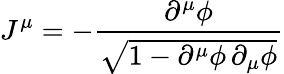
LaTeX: J^{\mu}=-\frac{\partial^{\mu}\phi}{\sqrt{1-\partial^{\mu}\phi\, \partial_{\mu}\phi}}